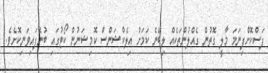
ފަސްކޮށްފިނަމަ މާލީ ގޮތުން ގެއްލުންތަކެއް ލިބޭނެ ކަމަށް އިލެކްޝަންސް ކޮމިޝަނުން ކޯޓުގައި ބުނެފައިވަނިކޮށެވެ.